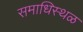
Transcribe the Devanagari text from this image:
समाधिस्‍थळ